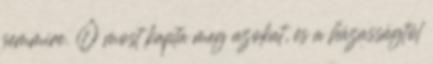
semmire. Ő most kapta meg azokat, és a házasságtól